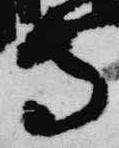
寺